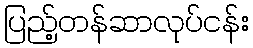
ပြည့်တန်ဆာလုပ်ငန်း